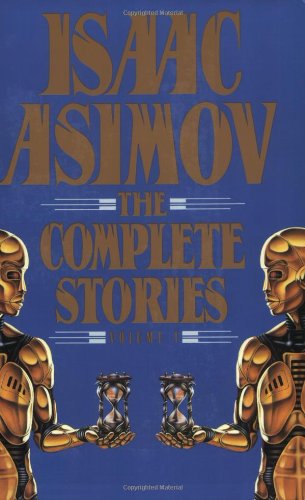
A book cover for Isaac Asimov: The Complete Stories, Vol. 1; Isaac Asimov; Science Fiction & Fantasy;